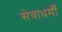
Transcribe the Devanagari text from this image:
सेवाधर्मी